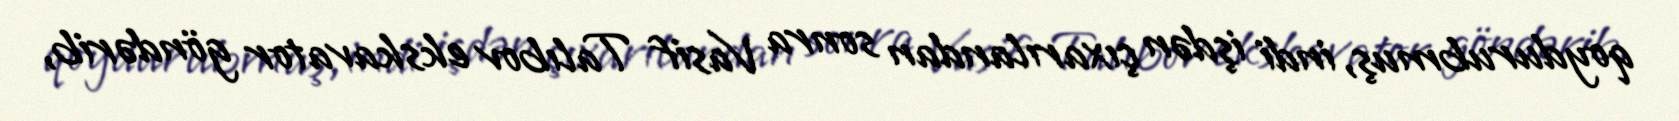
qoydurubmuş, indi işdən çıxarılandan sonra Vasif Talıbov ekskavator göndərib,